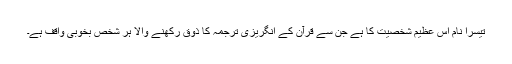
تیسرا نام اس عظیم شخصیت کا ہے جن سے قرآن کے انگریزی ترجمہ کا ذوق رکھنے والا ہر شخص بخوبی واقف ہے۔